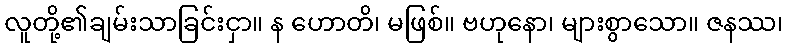
လူတို့၏ချမ်းသာခြင်းငှာ။ န ဟောတိ၊ မဖြစ်။ ဗဟုနော၊ များစွာသော။ ဇနဿ၊